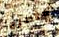
استطيع